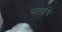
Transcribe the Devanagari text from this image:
पताभि